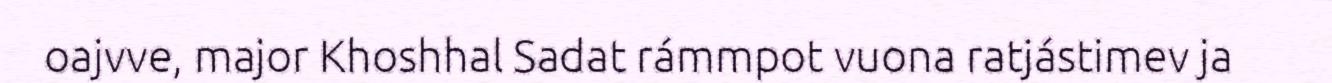
oajvve, major Khoshhal Sadat rámmpot vuona ratjástimev ja